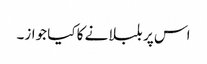
اس پر بلبلانے کا کیا جواز۔